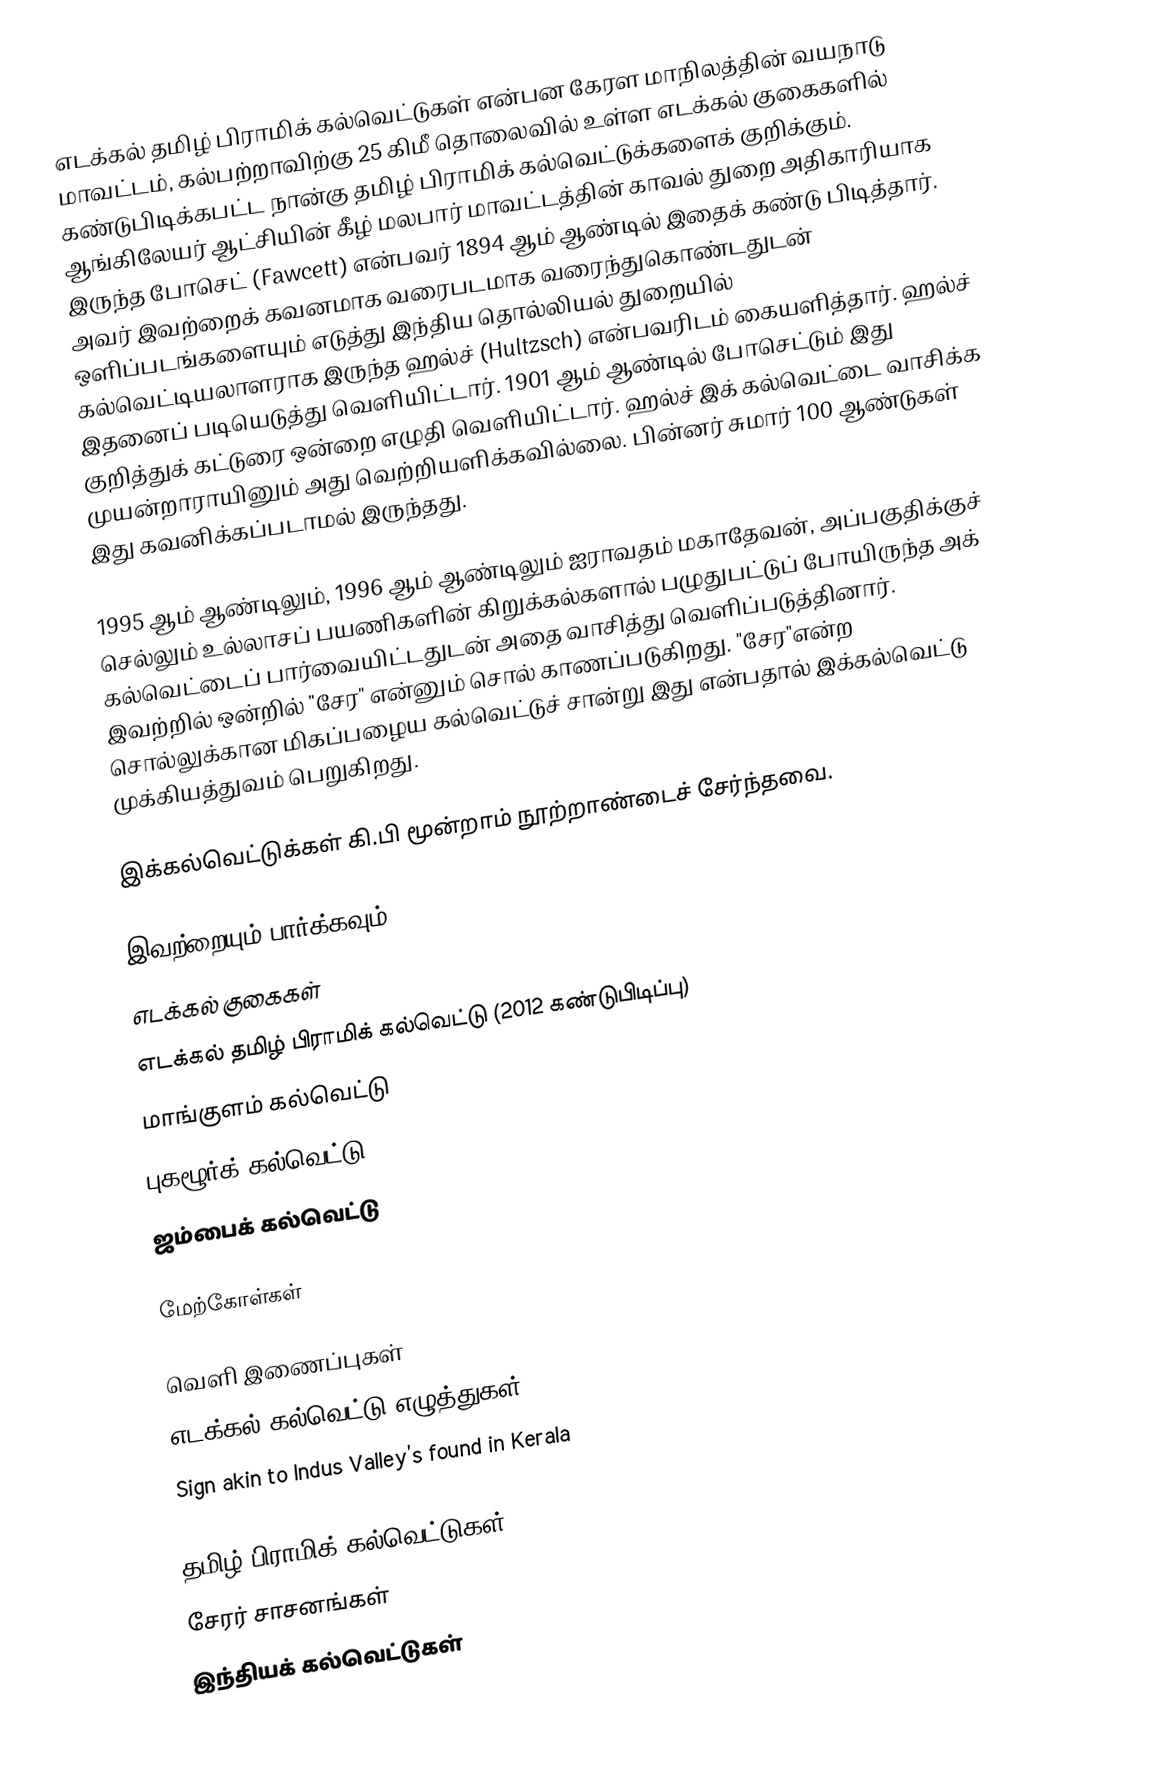
எடக்கல் தமிழ் பிராமிக் கல்வெட்டுகள் என்பன கேரள மாநிலத்தின்  வயநாடு மாவட்டம், கல்பற்றாவிற்கு 25 கிமீ தொலைவில் உள்ள எடக்கல் குகைகளில் கண்டுபிடிக்கபட்ட நான்கு தமிழ் பிராமிக் கல்வெட்டுக்களைக் குறிக்கும். ஆங்கிலேயர் ஆட்சியின் கீழ் மலபார் மாவட்டத்தின் காவல் துறை அதிகாரியாக இருந்த போசெட் (Fawcett) என்பவர் 1894 ஆம் ஆண்டில் இதைக் கண்டு பிடித்தார். அவர் இவற்றைக் கவனமாக வரைபடமாக வரைந்துகொண்டதுடன் ஒளிப்படங்களையும் எடுத்து இந்திய தொல்லியல் துறையில் கல்வெட்டியலாளராக இருந்த ஹல்ச் (Hultzsch) என்பவரிடம் கையளித்தார். ஹல்ச் இதனைப் படியெடுத்து வெளியிட்டார். 1901 ஆம் ஆண்டில் போசெட்டும் இது குறித்துக் கட்டுரை ஒன்றை எழுதி வெளியிட்டார். ஹல்ச் இக் கல்வெட்டை வாசிக்க முயன்றாராயினும் அது வெற்றியளிக்கவில்லை. பின்னர் சுமார் 100 ஆண்டுகள் இது கவனிக்கப்படாமல் இருந்தது.

1995 ஆம் ஆண்டிலும், 1996 ஆம் ஆண்டிலும் ஐராவதம் மகாதேவன், அப்பகுதிக்குச் செல்லும் உல்லாசப் பயணிகளின் கிறுக்கல்களால் பழுதுபட்டுப் போயிருந்த அக் கல்வெட்டைப் பார்வையிட்டதுடன் அதை வாசித்து வெளிப்படுத்தினார். இவற்றில் ஒன்றில் "சேர" என்னும் சொல் காணப்படுகிறது. "சேர"என்ற சொல்லுக்கான மிகப்பழைய கல்வெட்டுச் சான்று இது என்பதால் இக்கல்வெட்டு முக்கியத்துவம் பெறுகிறது.

இக்கல்வெட்டுக்கள் கி.பி மூன்றாம் நூற்றாண்டைச் சேர்ந்தவை.

இவற்றையும் பார்க்கவும்
 எடக்கல் குகைகள்
 எடக்கல் தமிழ் பிராமிக் கல்வெட்டு (2012 கண்டுபிடிப்பு)
 மாங்குளம் கல்வெட்டு
 புகழூர்க் கல்வெட்டு
 ஜம்பைக் கல்வெட்டு

மேற்கோள்கள்

வெளி இணைப்புகள்
எடக்கல் கல்வெட்டு எழுத்துகள்
 Sign akin to Indus Valley’s found in Kerala

தமிழ் பிராமிக் கல்வெட்டுகள்
சேரர் சாசனங்கள்
இந்தியக் கல்வெட்டுகள்